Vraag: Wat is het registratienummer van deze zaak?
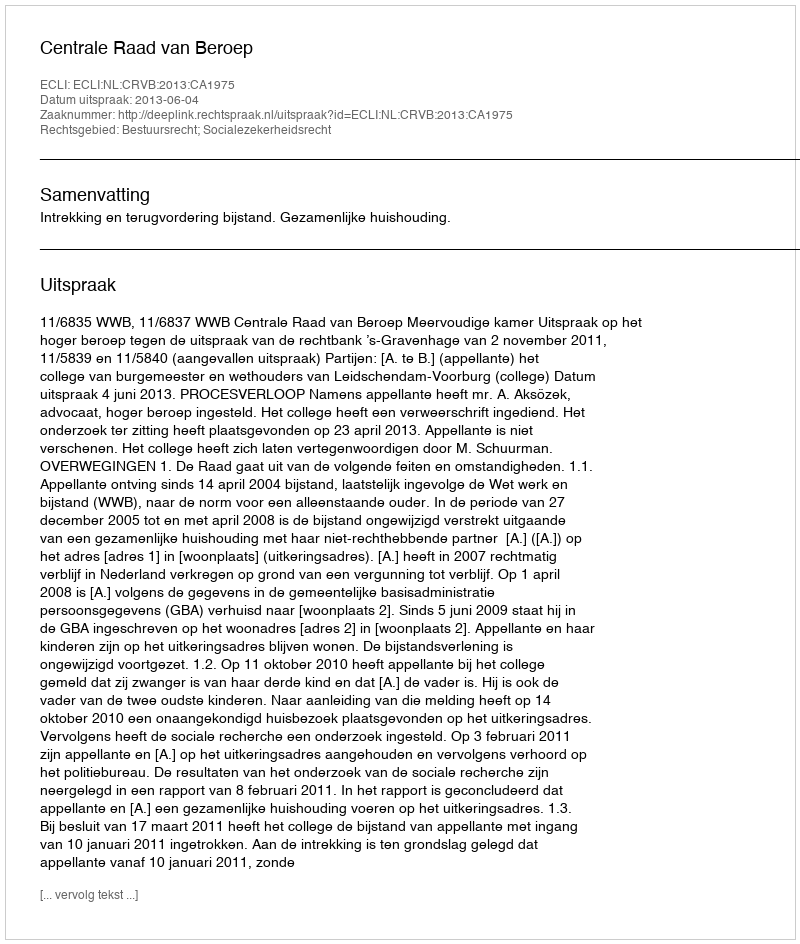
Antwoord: http://deeplink.rechtspraak.nl/uitspraak?id=ECLI:NL:CRVB:2013:CA1975